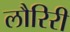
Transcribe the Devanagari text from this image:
लौरिरी